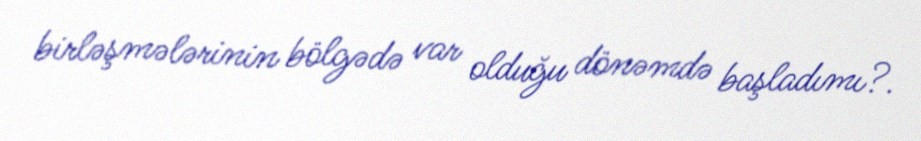
birləşmələrinin bölgədə var olduğu dönəmdə başladımı?.